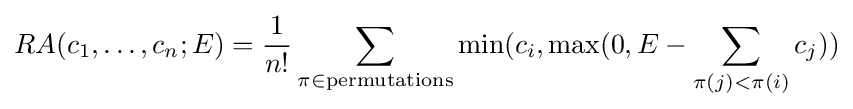
RA(c_{1},\ldots ,c_{n};E)={\frac {1}{n!}}\sum _{\pi \in {\text{permutations}}}\min(c_{i},\max(0,E-\sum _{\pi (j)<\pi (i)}c_{j}))